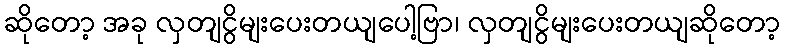
ဆိုတော့ အခု လှတျငွိမျးပေးတယျပေါ့ဗြာ၊ လှတျငွိမျးပေးတယျဆိုတော့